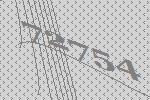
72754